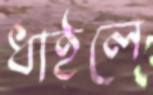
ধাইলে